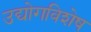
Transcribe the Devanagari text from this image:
उद्योगविशेष